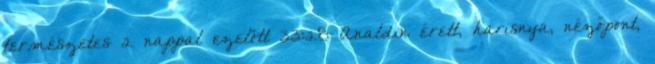
természetes 2 nappal ezelőtt 33:28 Analdin érett, harisnya, nézőpont,